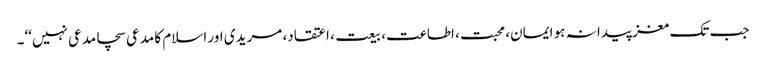
جب تک مغز پیدا نہ ہو ایمان، محبت، اطاعت، بیعت، اعتقاد، مریدی اور اسلام کا مدعی سچامدعی نہیں‘‘۔